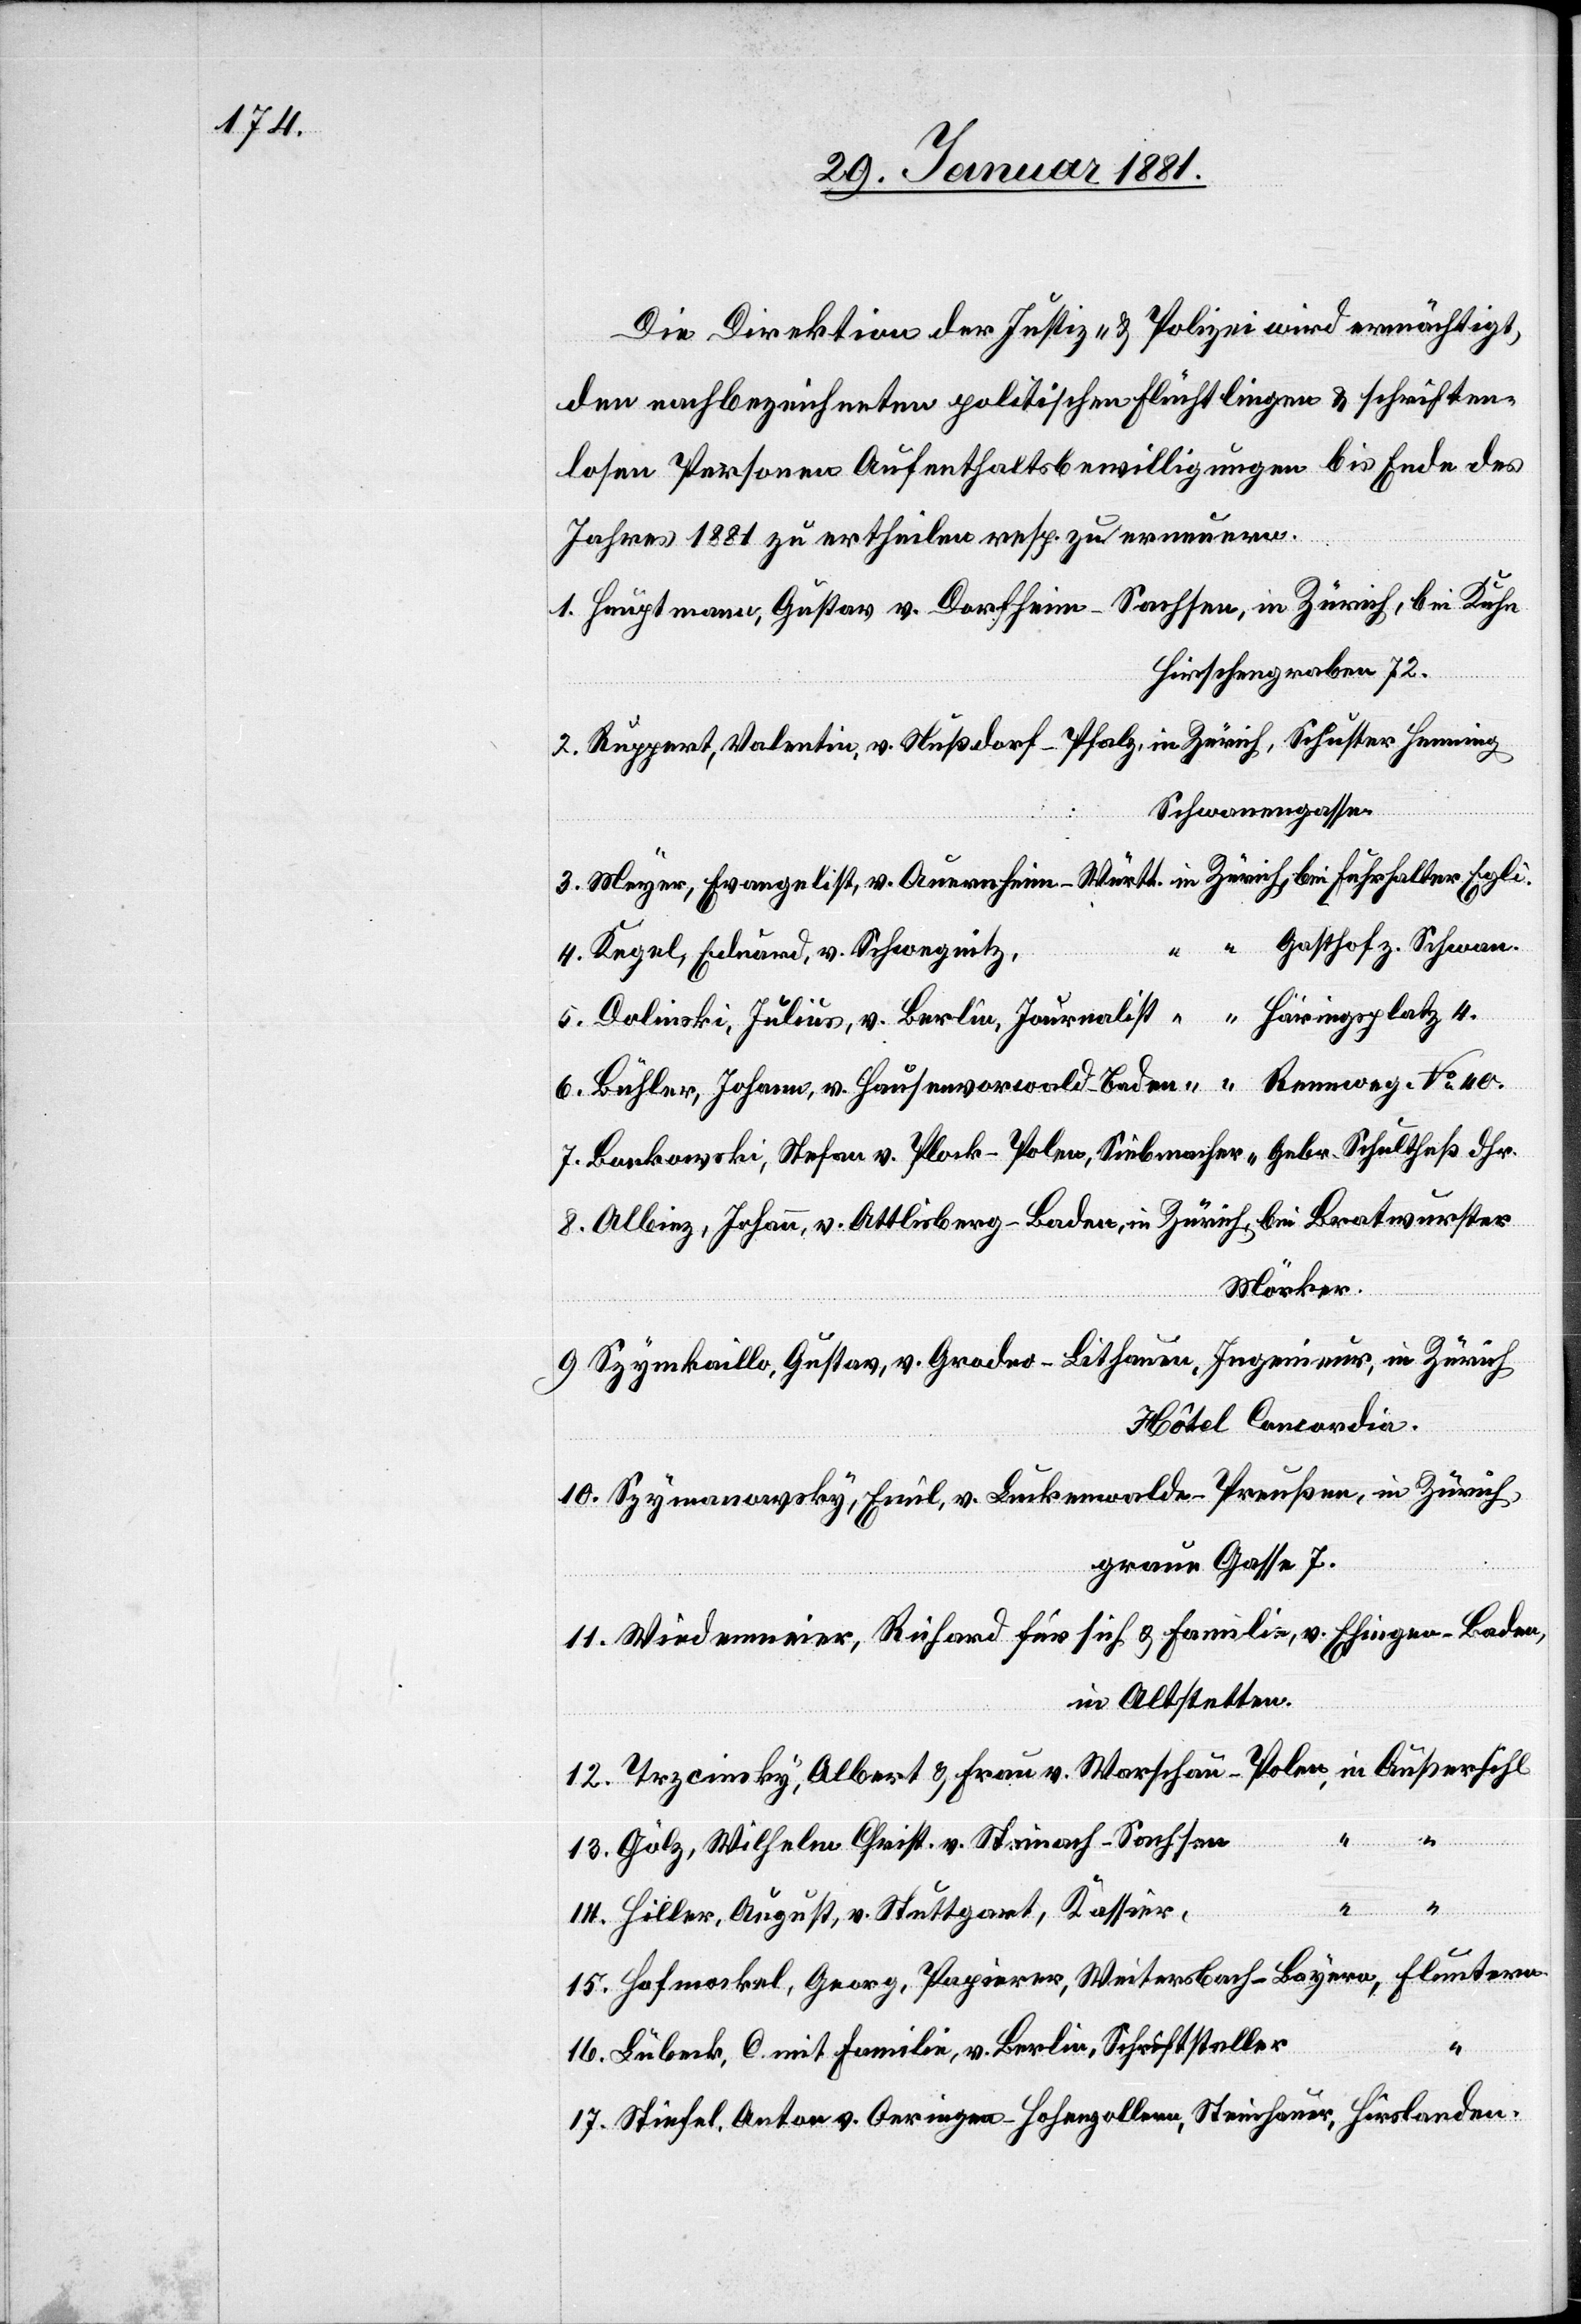
Die Direktion der Justiz- & Polizeidirektion wird ermächtigt,
den nachbezeichneten politischen Flüchtlingen & schriften¬
losen Personen Aufenthaltsbewilligungen bis Ende des
Jahres 1881 zu ertheilen resp. zu erneuern.
Hirschengraben 72.
Schwanengasse.
Gasthof z. Schwan.
Kegel, Eduard, v. Schwegnitz,
Mörker.
Hôtel Concordia.
graue Gasse 7.
Wiedenmeier, Richard für sich & Familie, v. Ehingen - Baden,
Altstetten.
den.
Gölz, Wilhelm Christ. v. Steinach - Sachsen
14.
v.
Hiller, August, v. Stuttgart, Kassier,
Hofmockel, Georg, Papierer, Weitersbach - Bayern,
Lübeck, C. mit Familie, v. Berlin, Schriftsteller